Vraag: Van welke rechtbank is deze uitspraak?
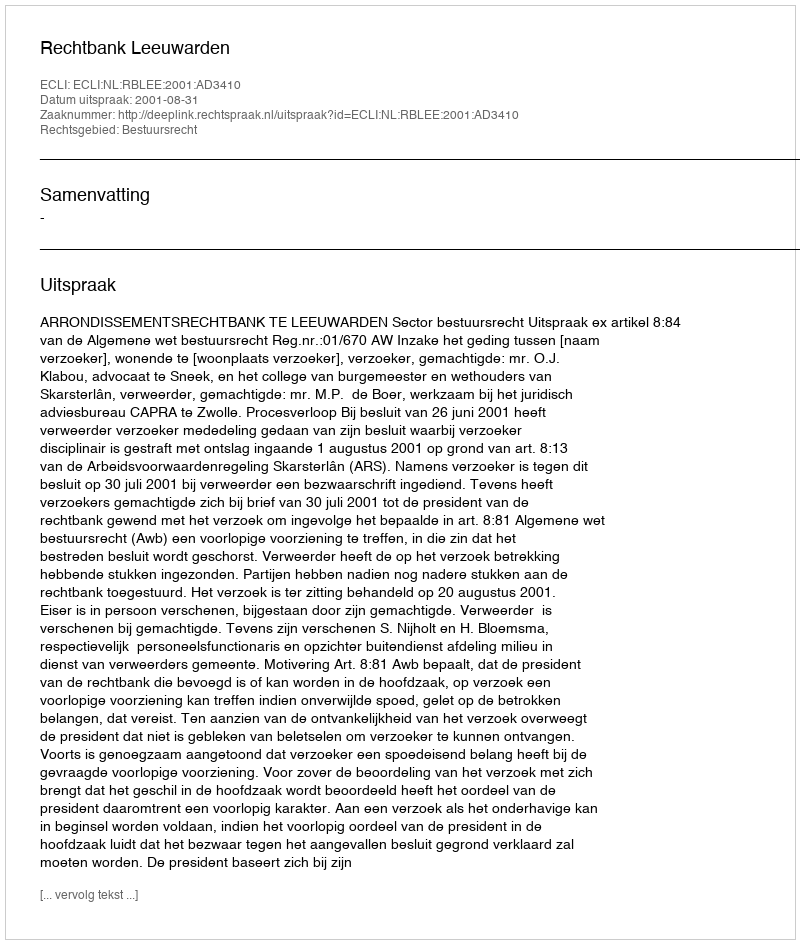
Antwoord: Rechtbank Leeuwarden